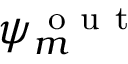
\psi _ { m } ^ { \mathrm { ~ o ~ u ~ t ~ } }